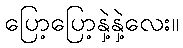
ပြော့ပြော့နှဲ့နှဲ့လေး။